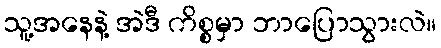
သူ့အနေနဲ့ အဲဒီ ကိစ္စမှာ ဘာပြောသွားလဲ။